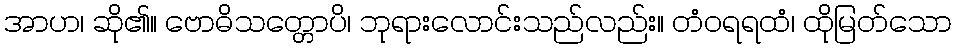
အာဟ၊ ဆို၏။ ဗောဓိသတ္တောပိ၊ ဘုရားလောင်းသည်လည်း။ တံဝရရထံ၊ ထိုမြတ်သော